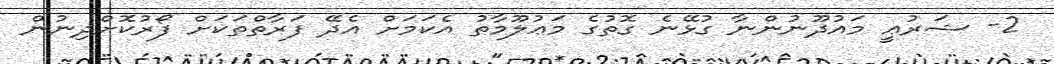
2- ޝަރުޢީ މައުޛޫނުންނާ ގުޅޭނެ ގޮތުގެ މަޢުލޫމާތު އެކަމަށް އެދޭ ފަރާތްތަކަށް ފޯރުކޮށްދިނުން